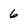
Character: 6